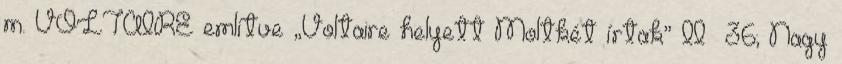
m. VOLTAIRE említve „Voltaire helyett Moltkét írtak” II 36; Nagy